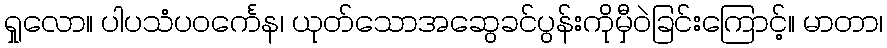
ရှုလော။ ပါပသံပဝင်္ကေန၊ ယုတ်သောအဆွေခင်ပွန်းကိုမှီဝဲခြင်းကြောင့်။ မာတာ၊